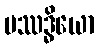
ပဿဒ္ဓိယော